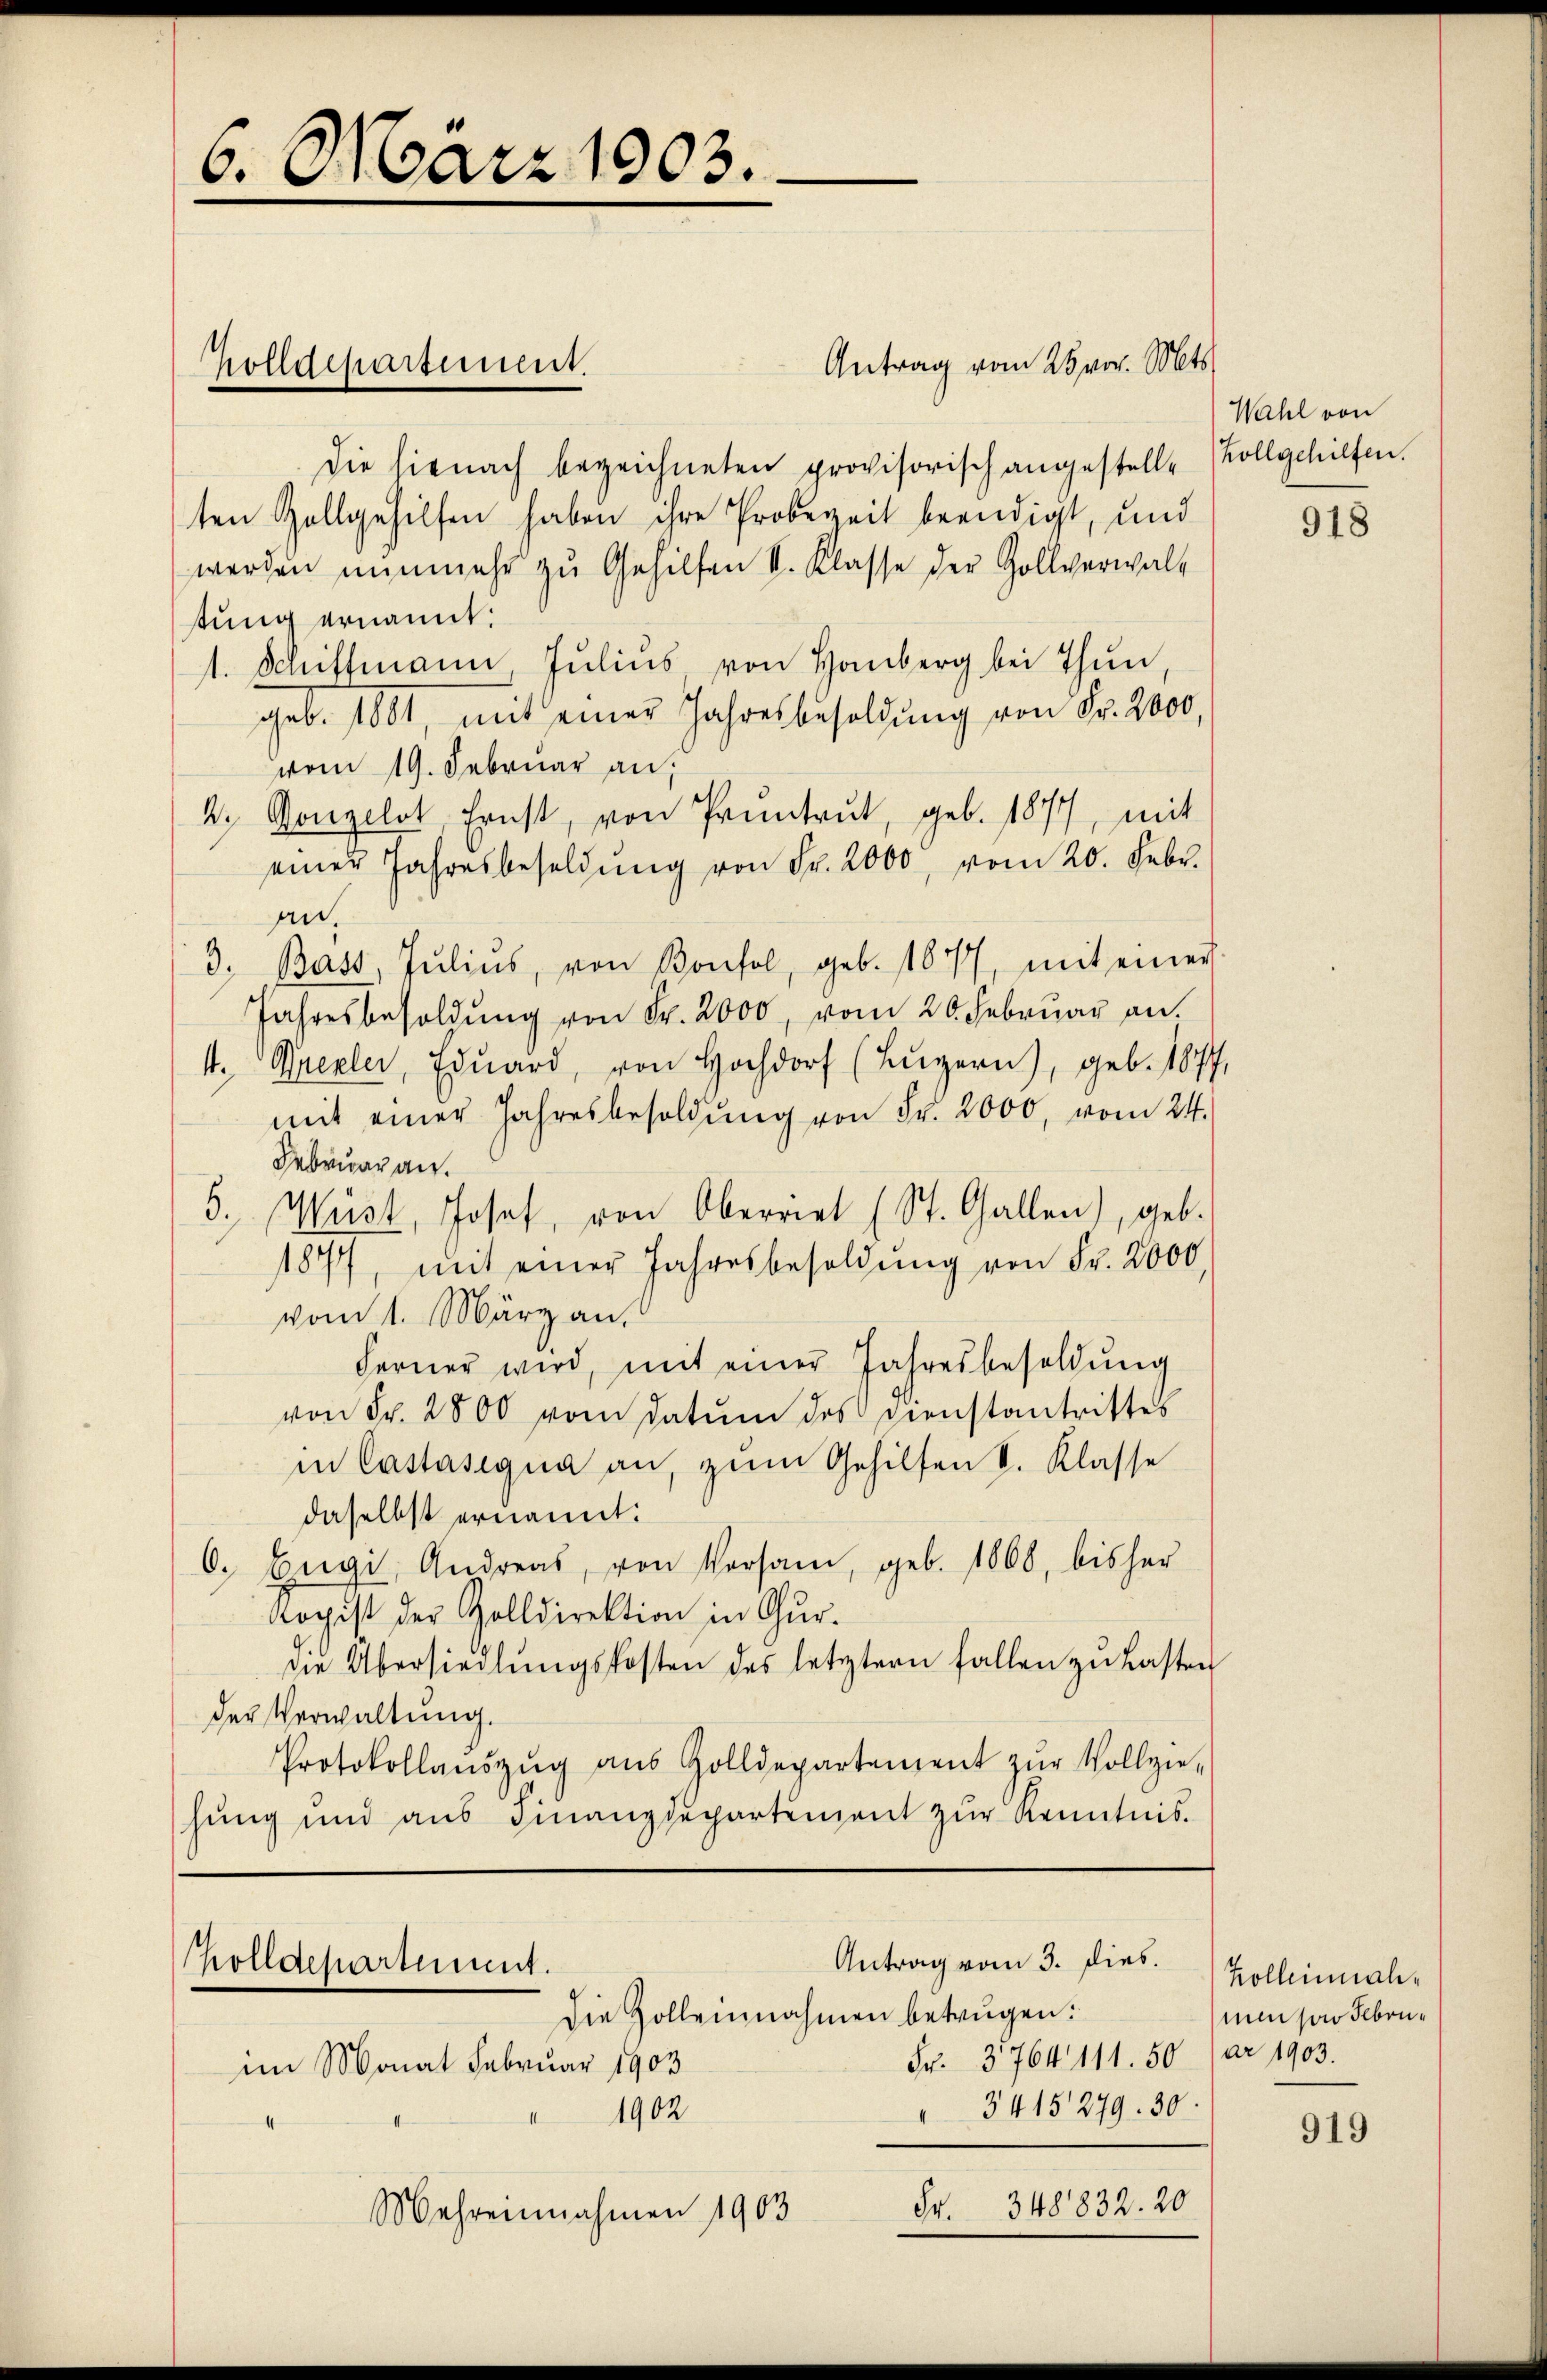
6. März 1903.

Antrag vom 28 vor. Mts.
die hienach bezeichneten provisorisch angestelle Vollgehilfen.
ten Zollgehilfen haben ihre Probezeit beendigt, und
werden nunmehr zu Gehilfen II. Klasse der Zollverwalt
stung ernannt:
Schiffmann, Jŭliŭs von Hamberg bei Thun,
geb. 1881, mit einer Jahresbesoldŭng von Fr. 2000,
vom 19. Februar an,
4. Konzelst Ernst, von Pruntrut, geb. 1877, mit
einer Jahresbesoldŭng von Fr. 2000, vom 20. Febr.
an.
3. Bass, Julius, von Bonfol, geb. 1877, mit einer
Jahresbesoldŭng von Fr. 2000, vom 20. Februar an.
4. Grexler, Edŭard, von Hochdorf (Lŭzern), geb. 1877,
mit einer Jahresbesoldŭng von Fr. 2000, vom 24.
Februar an.
5. Müst, Josef, von Oberriet (St. Gallen), geb.
1877, mit einer Jahresbesoldŭng von Fr. 2000.
vom 1. März an.
Ferner wird, mit einer Jahresbesoldung
von Fr. 2800 vom Datum des Dienstantrittes
in Castasigna an, zum Gehilfen V. Klasse
daselbst ernannt:
6. Engi, Andreas, von Versam, geb. 1860, bisher
Kopist der Zolldirektion in Gur-
die Übersiedlŭngskosten des letztern fallen zŭ lasten
der Verwaltung.
Protokollaŭszŭg aŭs Zolldepartement zŭr Vollzie-
hung und aus Finanzdepartement zur Kenntnis.

Holldepartement.

holldepartement.
Antrag vom 3. dies. Kollenmali¬
Die Zolleinnahmen betrugen:

Wahl von

Fr. 3764 111. 50 par 1903.
im Monat Februar 1903
3415279. 30.
 1902
Fr. 348832. 20
Mehreinnahmen 1903

918

ni par Febru¬

919